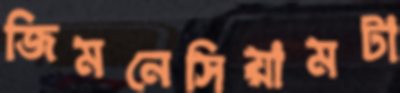
জিমনেসিয়ামটা